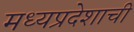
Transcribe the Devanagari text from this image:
मध्‍यप्रदेशाची